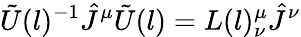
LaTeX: {\tilde{U}}(l)^{-1}{\hat{J}}^{\mu}{\tilde{U}}(l)=L(l)_{\nu}^{\mu}{\hat{J}}^{\nu}